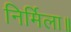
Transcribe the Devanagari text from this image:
निर्मिला॥